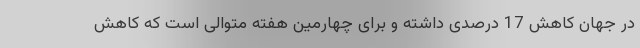
در جهان کاهش 17 درصدی داشته و برای چهارمین هفته متوالی است که کاهش